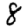
Digit: 8